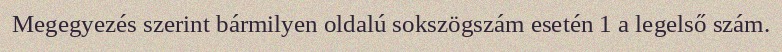
Megegyezés szerint bármilyen oldalú sokszögszám esetén 1 a legelső szám.